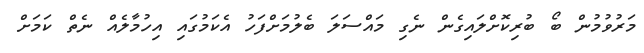
މަރުވުމުން ބޯ ބުރިކޮށްލައިގެން ނެގި މައްސަލަ ބެލުމަށްފަހު އެކަމުގައި އިހުމާލެއް ނެތް ކަމަށް